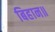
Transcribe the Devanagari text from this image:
बिहान॥